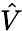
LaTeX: \hat{V}